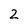
Character: 2